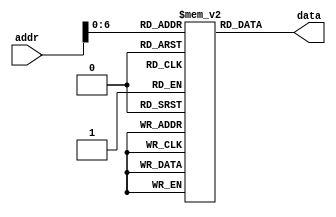
`timescale 1ns / 1ps
//////////////////////////////////////////////////////////////////////////////////
// Company: 
// Engineer: 
// 
// Design Name: 
// Module Name: mem
// Project Name: 
// Target Devices: 
// Tool Versions: 
// Description: 
// 
// Dependencies: 
// 
// Revision:
// Revision 0.01 - File Created
// Additional Comments:
// 
//////////////////////////////////////////////////////////////////////////////////


module mem(
    output reg [31:0] data,
    input wire [31:0] addr
    );
    
    // Regsiter Declarations
    reg [31:0] MEM[0:127];
    
    // Initialize Registers
    initial begin
       MEM[0] <= 'hA00000AA;
       MEM[1] <= 'h10000011;
       MEM[2] <= 'h20000022;
       MEM[3] <= 'h30000033;
       MEM[4] <= 'h40000044;
       MEM[5] <= 'h50000055;
       MEM[6] <= 'h60000066;
       MEM[7] <= 'h70000077;
       MEM[8] <= 'h80000088;
       MEM[9] <= 'h90000099;
     end
     
     always @ ( addr ) 
     begin
        data <= MEM[addr];
     end 
endmodule